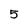
Character: 5